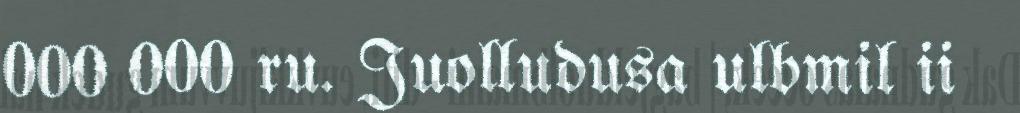
000 000 ru. Juolludusa ulbmil ii